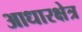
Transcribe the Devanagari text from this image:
आधारक्षेत्र